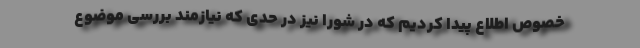
خصوص اطلاع پیدا کردیم که در شورا نیز در حدی که نیازمند بررسی موضوع